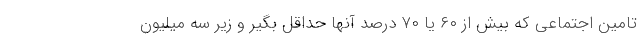
تامین اجتماعی که بیش از ۶۰ یا ۷۰ درصد آنها حداقل بگیر و زیر سه میلیون